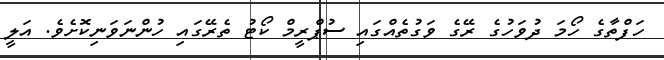
ހަފްތާގެ ހޯމަ ދުވަހުގެ ރޭގެ ވަގުތެއްގައި ސުޕްރީމް ކޯޓު ތެރޭގައި ހުންނަވަނިކޮށެވެ. އަލީ